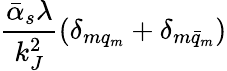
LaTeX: {\frac{\bar{\alpha}_{s}\lambda}{k_{J}^{2}}}(\delta_{mq_{m}}+\delta_{m\bar{q}_{m}})